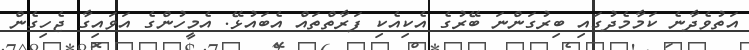
އަތުވެދާނެ ކަމާމެދުގައި ބިރުގަންނަ ބޭރުގެ އެކިއެކި ފަރާތްތައް އެބައުޅޭ. އެމީހުންގެ އަވައިގާ ޖެހިގެން